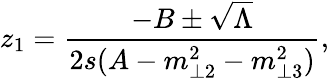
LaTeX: z_{1}=\frac{-B\pm\sqrt{\Lambda}}{2s(A-m_{\perp 2}^{2}-m_{\perp 3}^{2})},